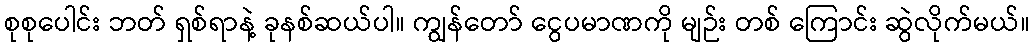
စုစုပေါင်း ဘတ် ရှစ်ရာနဲ့ ခုနစ်ဆယ်ပါ။ ကျွန်တော် ငွေပမာဏကို မျဉ်း တစ် ကြောင်း ဆွဲလိုက်မယ်။